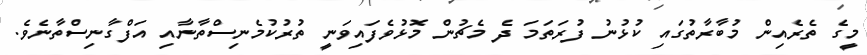
މީގެ ތެރެއިން މުބާރާތުގައި ކުޅުނު ފުރަތަމަ ދެ މެޗުން މޮޅުވެފައިވަނީ ތުރުކުމެނިސްތާނާއި އަފްގާނިސްތާނެވެ.